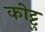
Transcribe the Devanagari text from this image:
कोट्टु